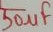
Text: 50µF